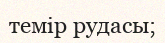
темір рудасы;